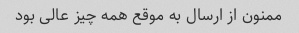
ممنون از ارسال به موقع همه چیز عالی بود